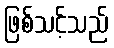
ဖြစ်သင့်သည်